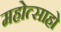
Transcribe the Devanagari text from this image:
महोत्साहो